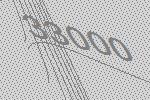
33000